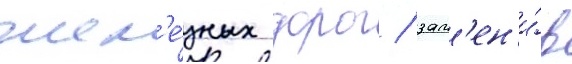
жел'е́зных дорог / зам'ен'и́в